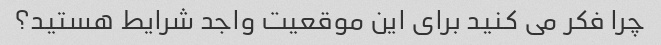
چرا فکر می کنید برای این موقعیت واجد شرایط هستید؟